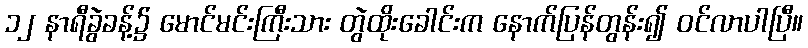
၁၂ နာရီခွဲခန့်၌ မောင်မင်းကြီးသား တွဲထိုးခေါင်းက နောက်ပြန်တွန်း၍ ဝင်လာပါပြီ။